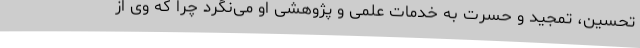
تحسین، تمجید و حسرت به خدمات علمی و پژوهشی او می‌نگرد چرا که وی از